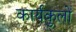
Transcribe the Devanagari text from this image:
कार्यकुलों